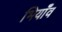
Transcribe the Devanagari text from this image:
भियाँव